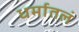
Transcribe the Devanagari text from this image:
धर्मातलं